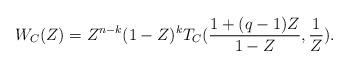
LaTeX: \begin{align*}W_C(Z) = Z^{n-k}(1-Z)^k T_C( \frac{1+(q-1)Z}{1-Z}, \frac{1}{Z} ).\end{align*}